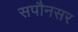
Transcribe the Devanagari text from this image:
सपौनसर